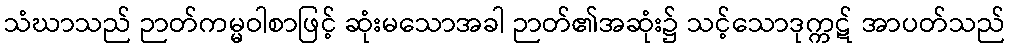
သံဃာသည် ဉာတ်ကမ္မဝါစာဖြင့် ဆုံးမသောအခါ ဉာတ်၏အဆုံး၌ သင့်သောဒုက္ကဋ် အာပတ်သည်